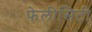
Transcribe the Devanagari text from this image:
फेलीसिटी